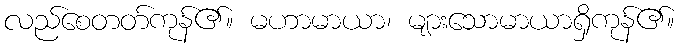
လည်စေတတ်ကုန်၏။ မဟာမာယာ၊ များသောမာယာရှိကုန်၏။